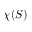
\chi ( S )